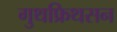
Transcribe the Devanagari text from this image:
गुथफ्रिथसन